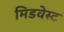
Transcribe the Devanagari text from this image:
मिडवेस्‍ट